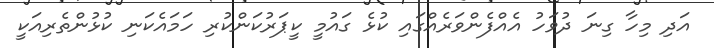
އަދި މިހާ ގިނަ ދުވަހު އެއްފެންވަރެއްގައި ކުޅެ ގައުމީ ކީޕަރުކަންކުރި ހަމައެކަނި ކުޅުންތެރިއަކީ